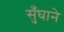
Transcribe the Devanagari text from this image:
सुँघाने